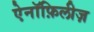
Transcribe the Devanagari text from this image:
ऐनॉफ़िलीज़